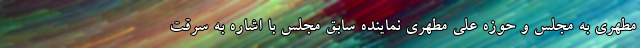
مطهری به مجلس و حوزه علی مطهری نماینده سابق مجلس با اشاره به سرقت